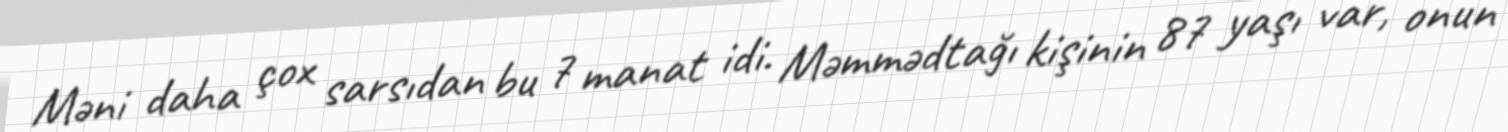
Məni daha çox sarsıdan bu 7 manat idi. Məmmədtağı kişinin 87 yaşı var, onun